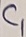
Text: C1